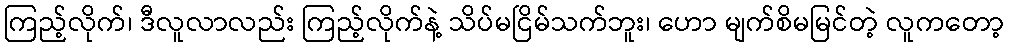
ကြည့်လိုက်၊ ဒီလူလာလည်း ကြည့်လိုက်နဲ့ သိပ်မငြိမ်သက်ဘူး၊ ဟော မျက်စိမမြင်တဲ့ လူကတော့